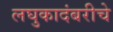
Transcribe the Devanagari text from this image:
लघुकादंबरीचे